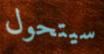
سيتحول